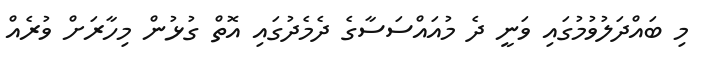
މި ބައްދަލުވުމުގައި ވަނީ ދެ މުއައްސަސާގެ ދެމެދުގައި އޮތް ގުޅުން މިހާރަށް ވުރެއް